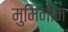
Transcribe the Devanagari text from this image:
मुमिनीन